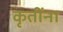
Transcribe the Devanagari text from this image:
कृतींना